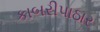
કાબરીપાઠાર